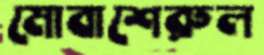
মোবাশেরুল